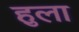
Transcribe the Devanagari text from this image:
हुला